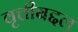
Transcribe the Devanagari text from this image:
वृत्तीबद्दल